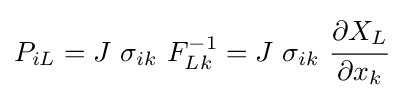
P_{iL}=J~\sigma _{ik}~F_{Lk}^{-1}=J~\sigma _{ik}~{\cfrac {\partial X_{L}}{\partial x_{k}}}~\,\!